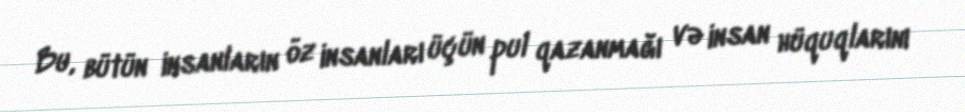
Bu, bütün insanların öz insanları üçün pul qazanmağı və insan hüquqlarını